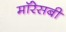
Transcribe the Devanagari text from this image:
मॉरेसबी